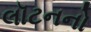
લૉટનનો